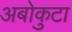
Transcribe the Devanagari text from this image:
अबोकुटा